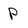
Character: P